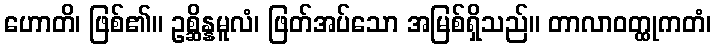
ဟောတိ၊ ဖြစ်၏။ ဥစ္ဆိန္နမူလံ၊ ဖြတ်အပ်သော အမြစ်ရှိသည်။ တာလာဝတ္ထုကတံ၊